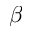
\beta